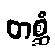
တစ္ဆံ